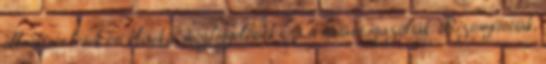
állatkísérletek és klinikai megfigyelések ezt a hatást igazolták. Bizonyították,